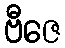
ဗီဇေ